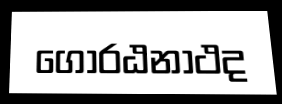
ගෝරඨනාථද